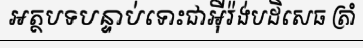
អត្ថបទបន្ទាប់ទោះជាអ៊ីរ៉ង់បដិសេធ ត្រាំ